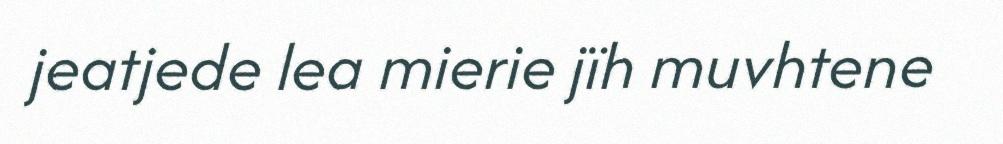
jeatjede lea mierie jïh muvhtene